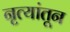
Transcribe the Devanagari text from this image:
नृत्यांतून